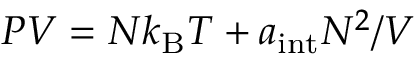
P V = N k _ { \mathrm { B } } T + a _ { \mathrm { i n t } } N ^ { 2 } / V